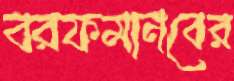
বরফমানবের